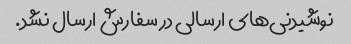
نوشیدنی‌های ارسالی در سفارش ارسال نشد.